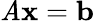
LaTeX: \mathit{A}\mathbf{{x}}=\mathbf{{b}}